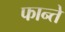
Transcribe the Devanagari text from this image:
फान्ते